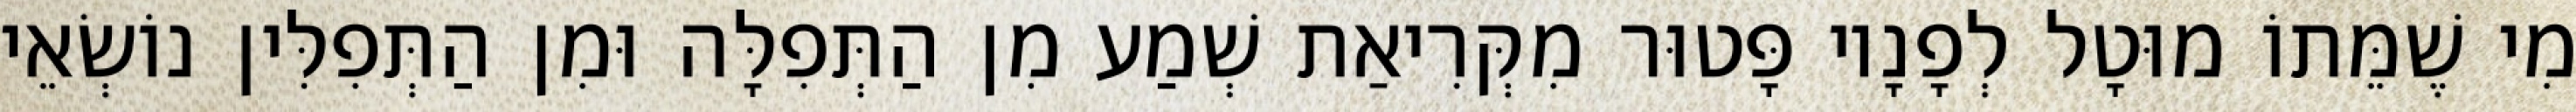
מִי שֶׁמֵּתוֹ מוּטָל לְפָנָיו פָּטוּר מִקְּרִיאַת שְׁמַע מִן הַתְּפִלָּה וּמִן הַתְּפִלִּין נוֹשְׂאֵי